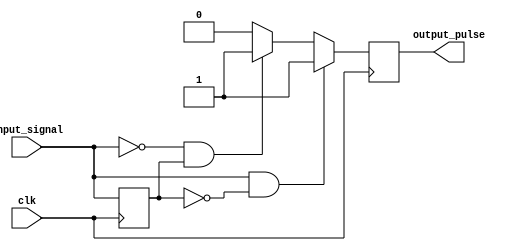
module pulse_edge_detector (
    input wire clk,              // Clock signal
    input wire input_signal,     // Input signal to detect edges
    output reg output_pulse      // Output pulse signal
);

    reg previous_state;          // Memory block to store the previous state of input_signal

    // Always block to capture the input signal and detect edges
    always @(posedge clk) begin
        // Edge detection logic
        if (input_signal && !previous_state) begin
            // Rising edge detected
            output_pulse <= 1'b1; // Generate pulse for rising edge
        end else if (!input_signal && previous_state) begin
            // Falling edge detected
            output_pulse <= 1'b1; // Generate pulse for falling edge
        end else begin
            output_pulse <= 1'b0;  // No edge detected
        end
        
        // Update the previous state
        previous_state <= input_signal; // Store the current state for the next clock cycle
    end

endmodule